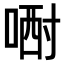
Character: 𠷻